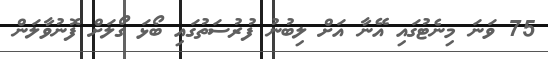
75 ވަނަ މިނެޓުގައި އޭނާ އަށް ލިބުނު ފުރުސަތުގައި ބޯޅަ ގޯލަށް ފޮނުވާލަން